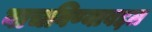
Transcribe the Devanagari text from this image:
वाचविण्याबद्दल